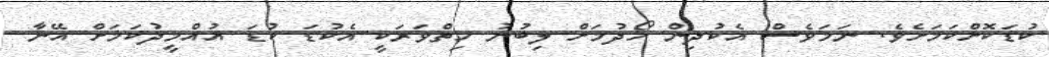
ކުޑަކޮށްކަމަށެވެ. ނަމަވެސް އެކުދިން ހޯދުމަށް ލިބުނު ހިތްވަރަކީ އެކުޑަ ކުޑަ އުއްމީދުކަމަށް އޭނާ